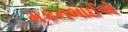
મકનભાઈએ